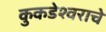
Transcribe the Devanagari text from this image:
कुकडेश्वराचे